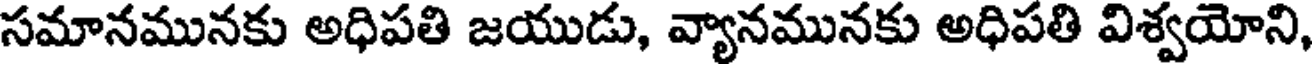
సమానమునకు అధిపతి జయుడు, వ్యానమునకు అధిపతి విశ్వయోని,